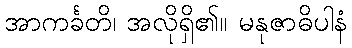
အာကင်္ခတိ၊ အလိုရှိ၏။ မနုဇာဓိပါနံ